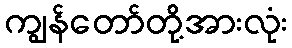
ကျွန်တော်တို့အားလုံး